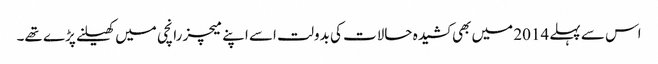
اس سے پہلے 2014 میں بھی کشیدہ حالات کی بدولت اسے اپنے میچز رانچی میں کھیلنے پڑے تھے۔